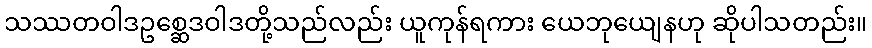
သဿတဝါဒဥစ္ဆေဒဝါဒတို့သည်လည်း ယူကုန်ရကား ယေဘုယျေနဟု ဆိုပါသတည်း။